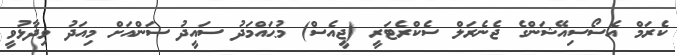
ކެރަމް އެސޯސިއޭޝަންގެ ޖެނެރަލް ސެކްރެޓަރީ (ޖީއެސް) މުޙައްމަދު ސައީދު ސަންއަށް މިއަދު ވިދާޅުވީ